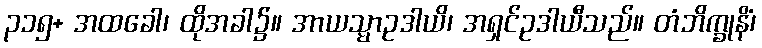
၃၁၅+ အထခေါ၊ ထိုအခါ၌။ အာယသ္မာဥဒါယိ၊ အရှင်ဥဒါယီသည်။ တံဘိက္ခုနိံ၊